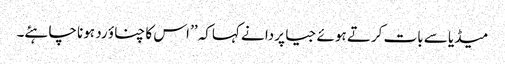
میڈیا سے بات کرتے ہوئے جیا پردا نے کہاکہ ’’ اس کا چناؤ رد ہونا چاہئے۔